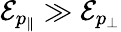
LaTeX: \mathcal{E}_{p_{\| }}\gg\mathcal{E}_{p_{\perp}}